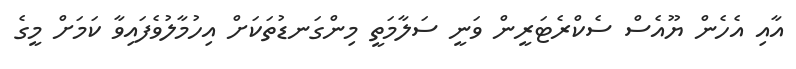
އާއި އެހެން ޔޫއެސް ސެކްރެޓަރީން ވަނީ ސަލާމަތީ މިންގަނޑުތަކަށް އިހުމާލުވެފައިވާ ކަމަށް މީގެ